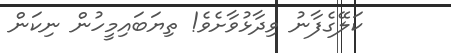
ކަލޭގެފާނު ވިދާޅުވާށެވެ! ތިޔަބައިމީހުން ނިކަން